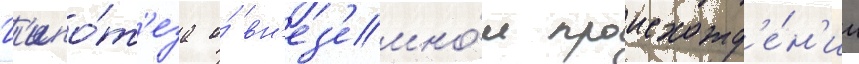
Г'ипо́т'еза о́ вн'ез'емно́м происхожд'е́н'ии